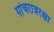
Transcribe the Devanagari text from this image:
पांचरात्ररक्षा